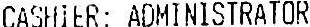
CASHIER: ADMINISTRATOR